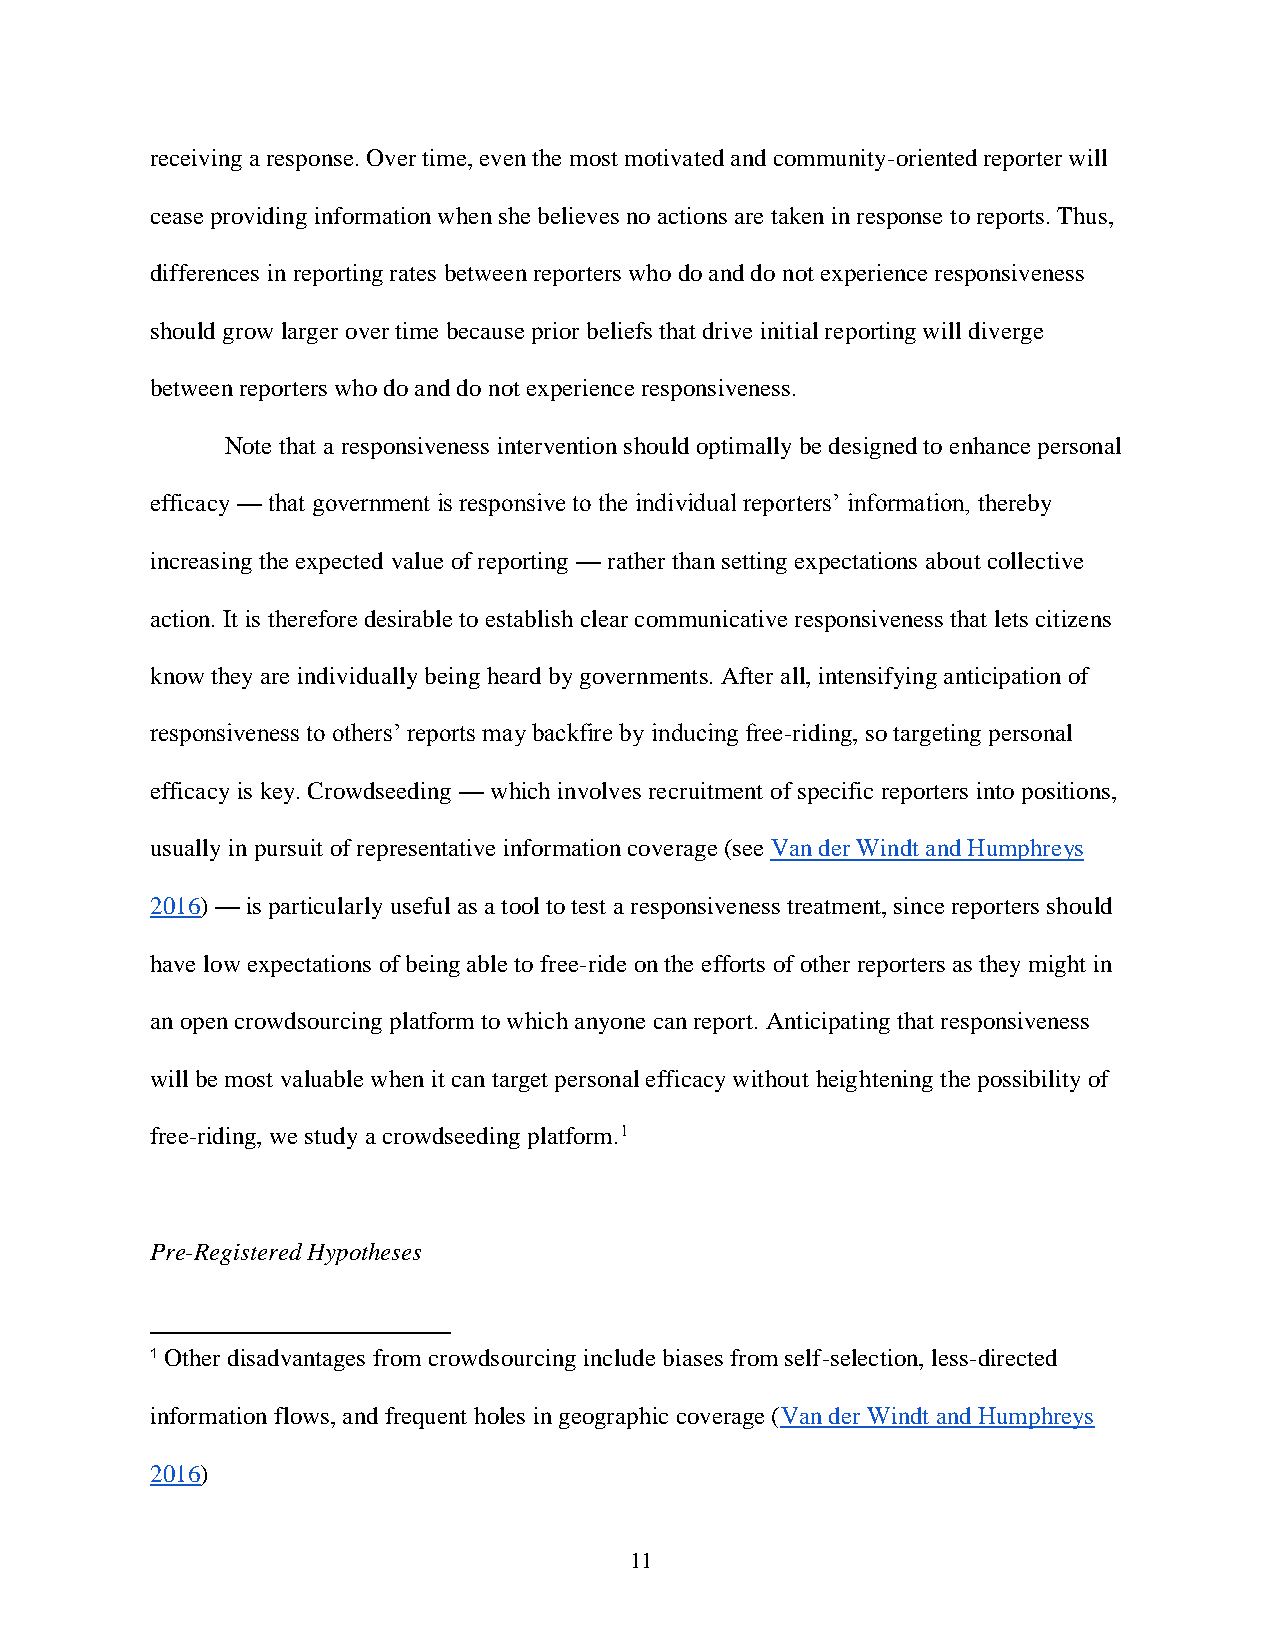
receiving a response. Over time, even the most motivated and community-oriented reporter will
 cease providing information when she believes no actions are taken in response to reports. Thus,
 differences in reporting rates between reporters who do and do not experience responsiveness
 should grow larger over time because prior beliefs that drive initial reporting will diverge
 between reporters who do and do not experience responsiveness.
 Note that a responsiveness intervention should optimally be designed to enhance personal
 efficacy — that government is responsive to the individual reporters’ information, thereby
 increasing the expected value of reporting — rather than setting expectations about collective
 action. It is therefore desirable to establish clear communicative responsiveness that lets citizens
 know they are individually being heard by governments. After all, intensifying anticipation of
 responsiveness to others’ reports may backfire by inducing free-riding, so targeting personal
 efficacy is key. Crowdseeding — which involves recruitment of specific reporters into positions,
 usually in pursuit of representative information coverage (see Van der Windt and Humphreys
 2016) — is particularly useful as a tool to test a responsiveness treatment, since reporters should
 have low expectations of being able to free-ride on the efforts of other reporters as they might in
 an open crowdsourcing platform to which anyone can report. Anticipating that responsiveness
 will be most valuable when it can target personal efficacy without heightening the possibility of
 free-riding, we study a crowdseeding platform.1
 Pre-Registered Hypotheses
 1 Other disadvantages from crowdsourcing include biases from self-selection, less-directed
 information flows, and frequent holes in geographic coverage (Van der Windt and Humphreys
 2016)
 11